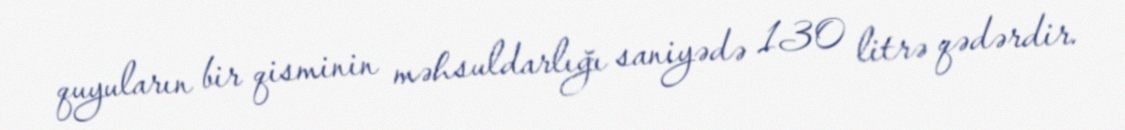
quyuların bir qisminin məhsuldarlığı saniyədə 130 litrə qədərdir.